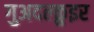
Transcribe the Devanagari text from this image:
गुअदल्क़ुइर